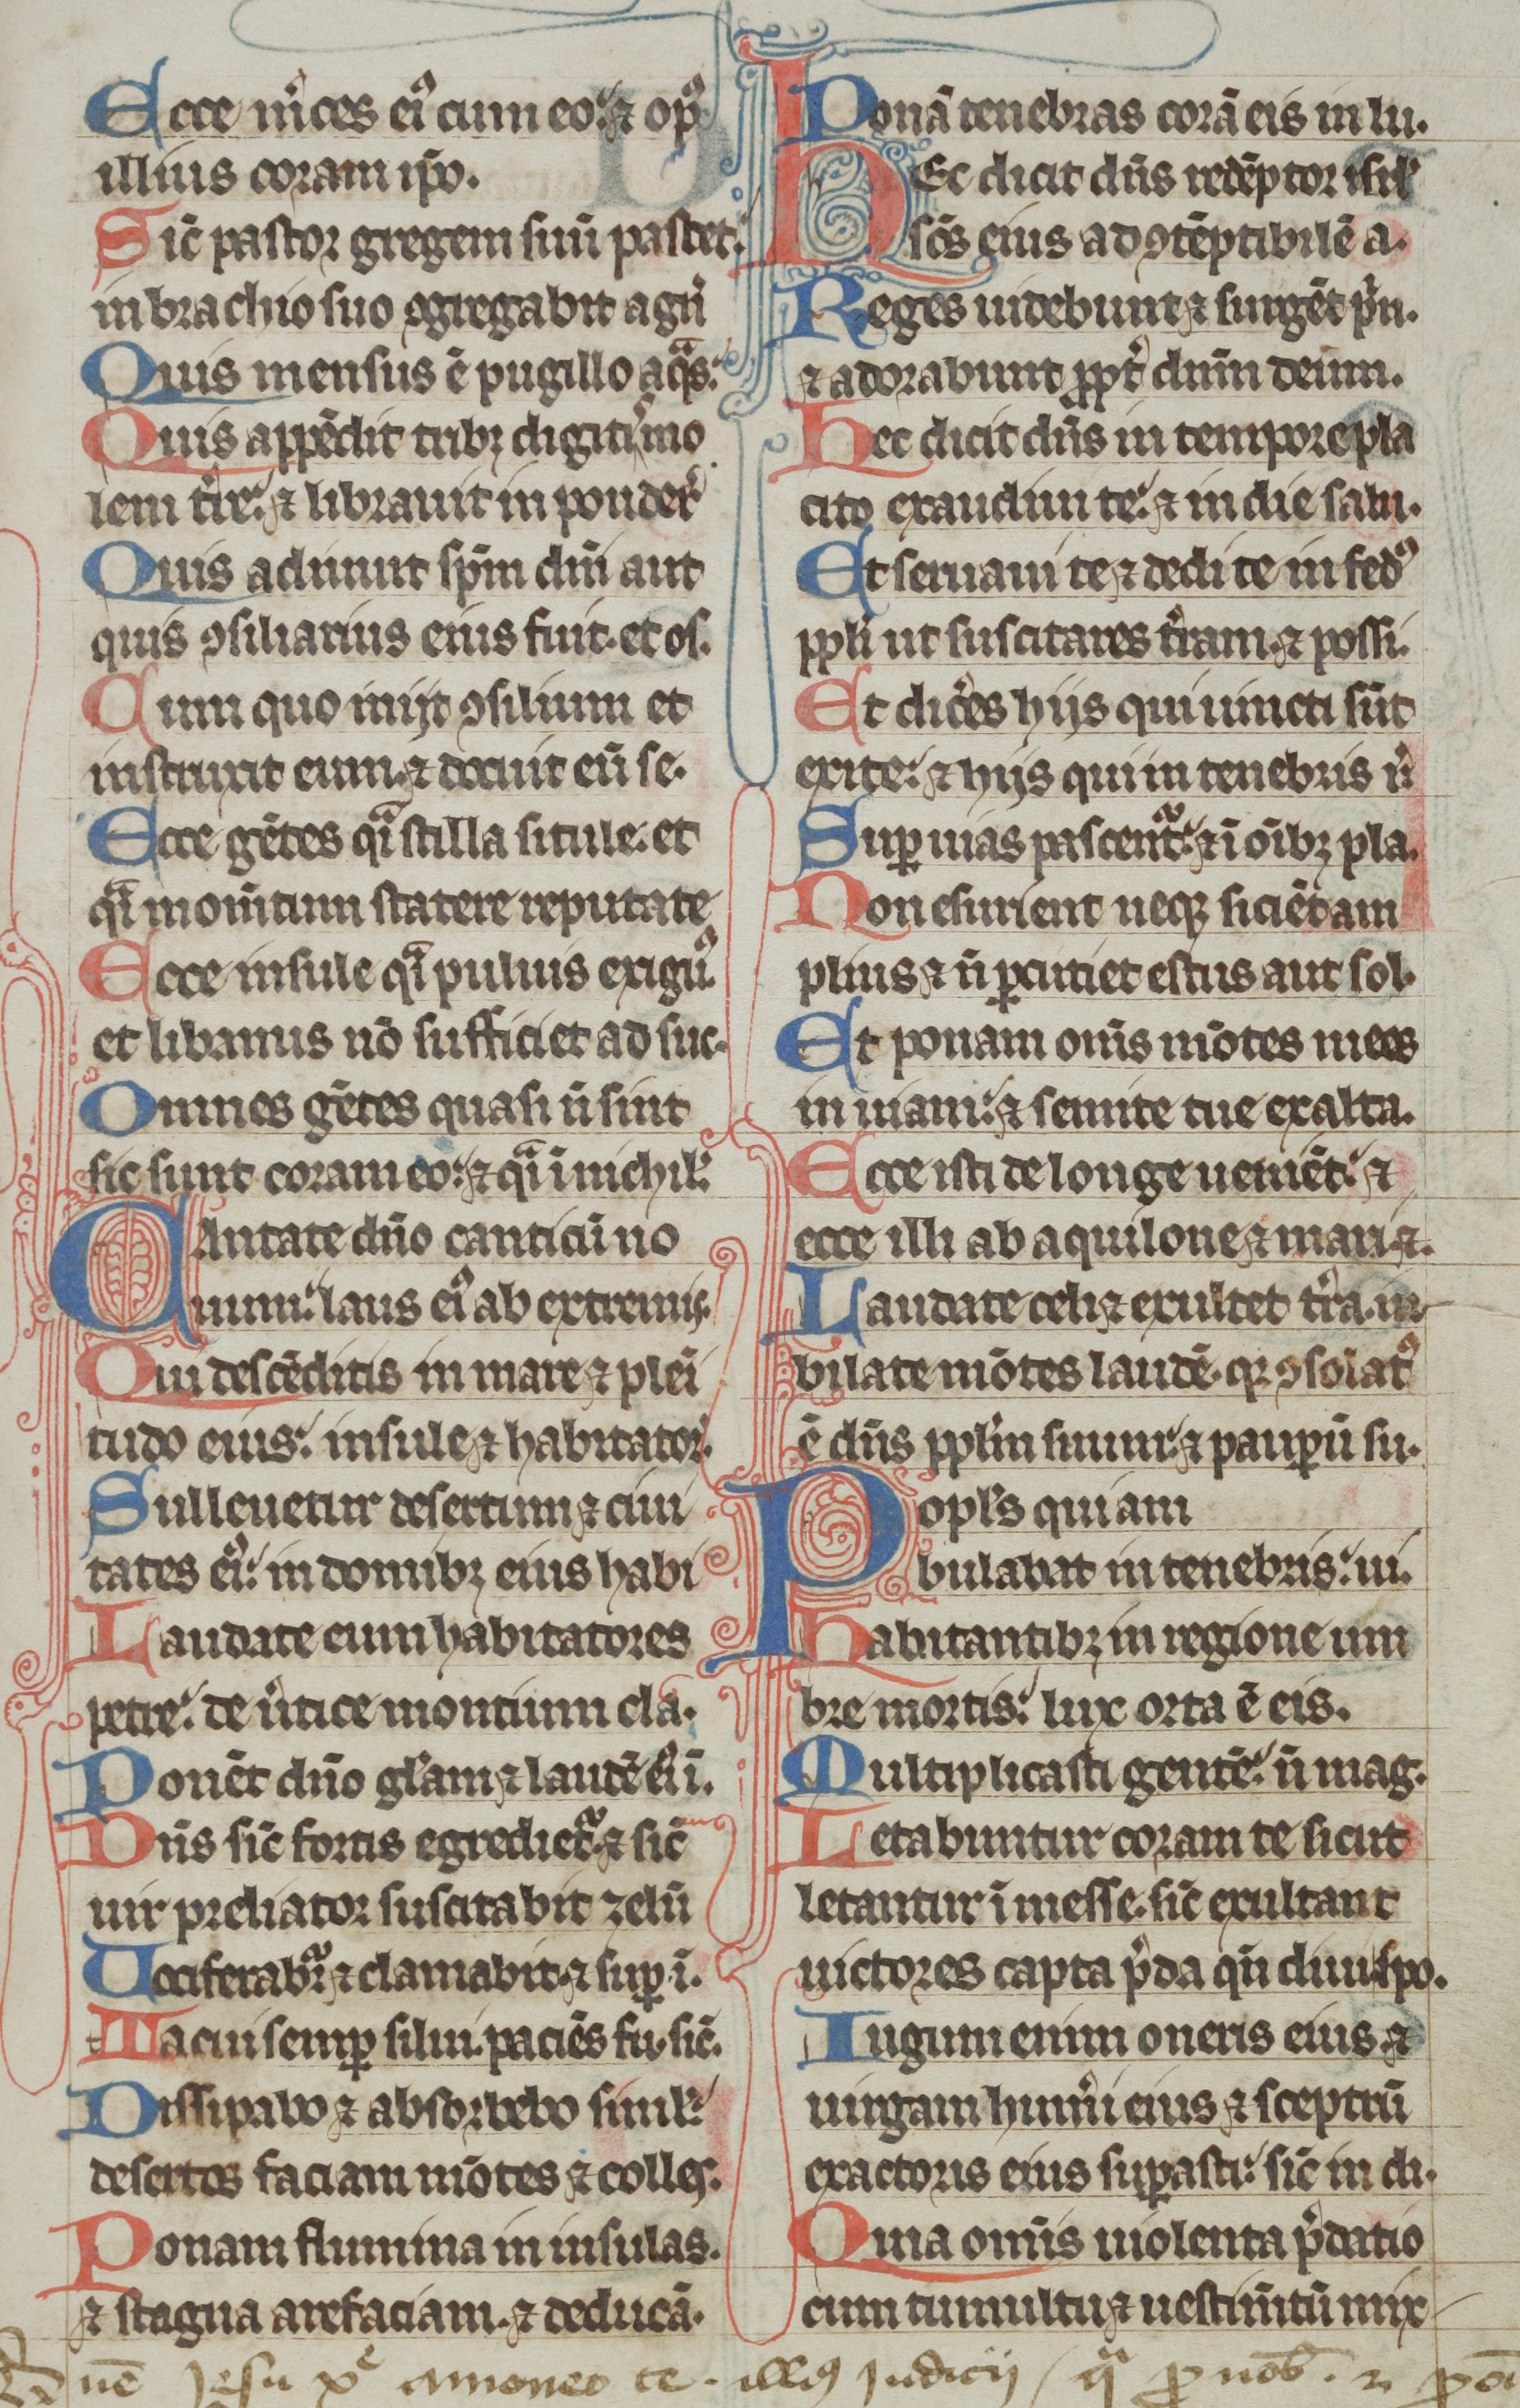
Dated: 1300–1399